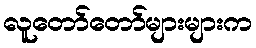
လူတော်တော်များများက